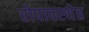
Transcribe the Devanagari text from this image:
रोपावस्थेत